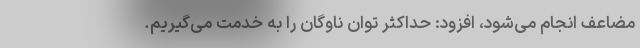
مضاعف انجام می‌شود، افزود: حداکثر توان‌ ناوگان را به خدمت می‌گیریم.